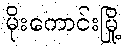
မိုးကောင်းမြို့